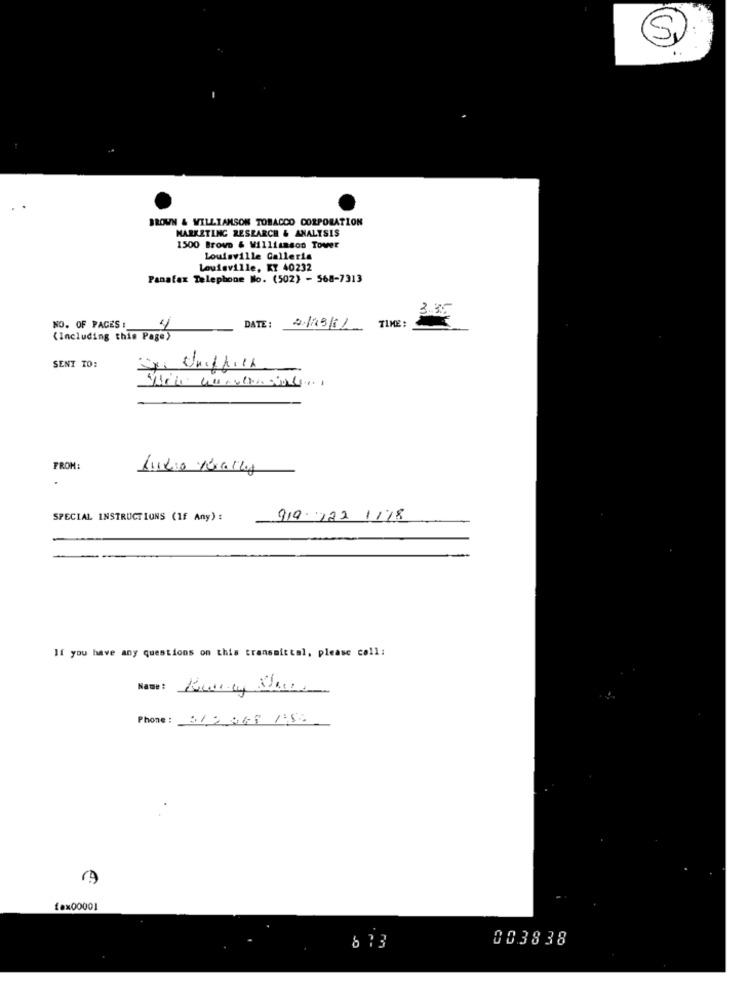
SI
BROWN & WILLIAMSON TOBACCO CORPORATION
MARKETING RESEARCH & ANALYSIS
1500 Browo & Williamson Tower
Louisville Calleria
Louisville, KY 40232
Panafax Telephone No. (502) - 568-7313
3.35
TIME :
NO. OF PAGES :_
DATE :
2/19/11
(Including this Page)
SENT TO:
FROM:
SPECIAL INSTRUCTIONS (If Any) :
919- 122 1178
If you have any questions on this transmittal, please call:
Name : Kwenmy Shoes
Phone: 312 048 150
fax00001
003838
613